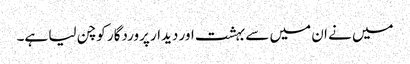
میں نے ان میں سے بہشت اور دیدار پروردگار کو چن لیا ہے۔